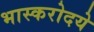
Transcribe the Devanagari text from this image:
भास्करोदये